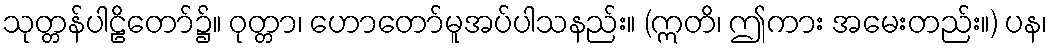
သုတ္တန်ပါဠိတော်၌။ ဝုတ္တာ၊ ဟောတော်မူအပ်ပါသနည်း။ (ဣတိ၊ ဤကား အမေးတည်း။) ပန၊